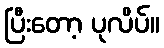
ပြီးတော့ ပုလိပ်။